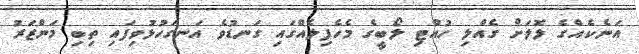
އަނެކެއްގެ ލޮލަށް ގެއްލި ހުއްޓި ލޯބީގެ މެހެފިލެއްގައި ގަނޑުވެ އަނގަހުޅުވިފައި ތިބި މަންޒަރު